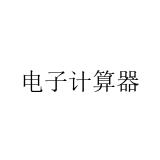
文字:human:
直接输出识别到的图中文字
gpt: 电子计算器